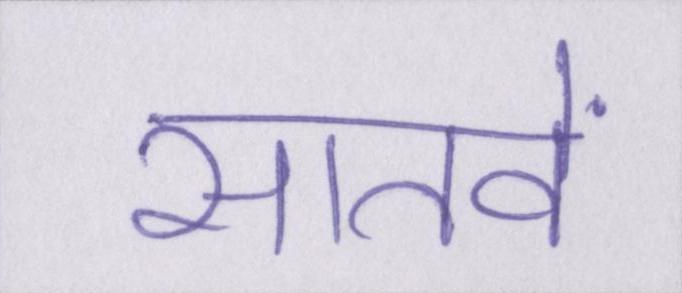
सातवें